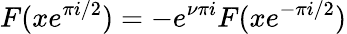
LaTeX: F(xe^{\pi i/2})=-e^{\nu\pi i}F(xe^{-\pi i/2})